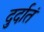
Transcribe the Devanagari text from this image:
दुर्दातं